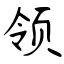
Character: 领